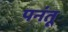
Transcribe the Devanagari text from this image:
पनंतू